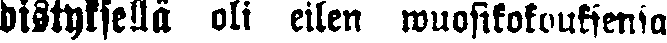
distyksellä oli eilen wuosikokouksensa